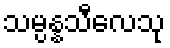
သမ္ပန္နသီလေသု